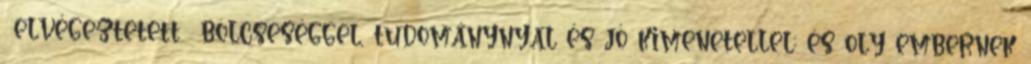
elvégeztetett bölcseséggel, tudománynyal és jó kimenetellel; és oly embernek